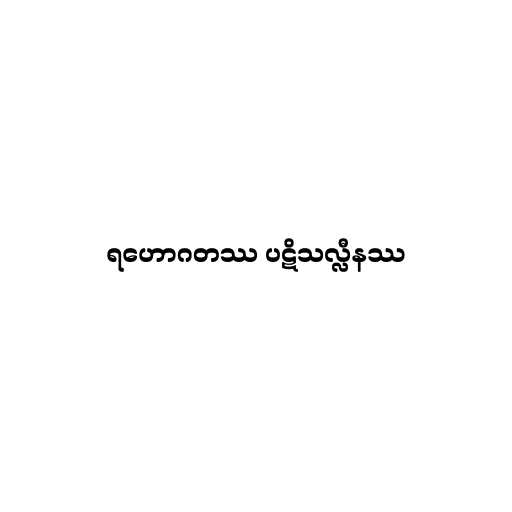
ရဟောဂတဿ ပဋိသလ္လီနဿ